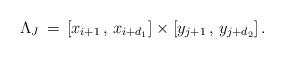
LaTeX: \begin{align*} \Lambda_J \,=\, [x_{i+1}\,,\,x_{i+d_1}] \times [y_{j+1}\,,\,y_{j+d_2}]\,.\end{align*}